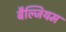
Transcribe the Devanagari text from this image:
बैल्जियम